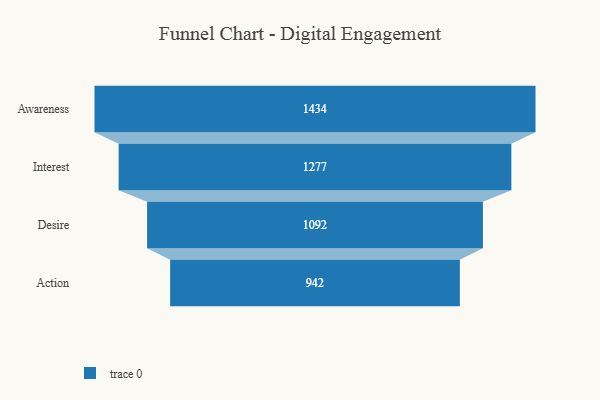
{"axis": {"x": "Stage", "y": "Value"}, "legend": [""], "data": [{"x": "Awareness", "y": 1434.0, "type": ""}, {"x": "Interest", "y": 1277.0, "type": ""}, {"x": "Desire", "y": 1092.0, "type": ""}, {"x": "Action", "y": 942.0, "type": ""}]}